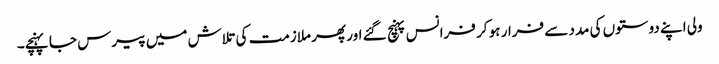
ولی اپنے دوستوں کی مدد سے فرار ہو کر فرانس پہنچ گئے اور پھر ملازمت کی تلاش میں پیرس جا پہنچے۔